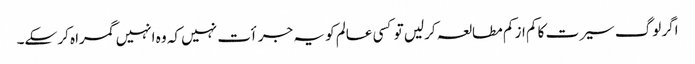
اگر لوگ سیرت کا کم از کم مطالعہ کرلیں تو کسی عالم کو یہ جرأت نہیں کہ وہ انہیں گمراہ کر سکے۔